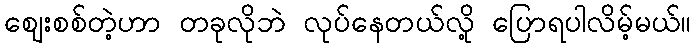
ဈေးစစ်တဲ့ဟာ တခုလိုဘဲ လုပ်နေတယ်လို့ ပြောရပါလိမ့်မယ်။